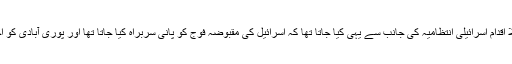
جب بھی جھڑپیں ہوتیں، پہلا اقدام اسرائیلی انتظامیہ کی جانب سے یہی کیا جاتا تھا کہ اسرائیل کی مقبوضہ فوج کو پانی سربراہ کیا جاتا تھا اور پوری آبادی کو اجتماعی سزا دی جاتی تھی ۔